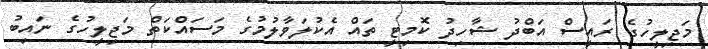
މަޖިލީހުގެ ރައީސް އަބްދު ޝާހިދު ކޮމިޓީ ތައް އެކުލަވާލުމުގެ މަސައްކަތް މަޖިލީހުގެ ނައިބު